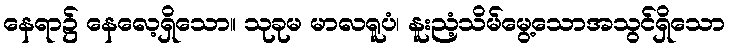
နေရာ၌ နေလေ့ရှိသော။ သုခုမ မာလရူပံ၊ နူးညံ့သိမ်မွေ့သောအသွင်ရှိသော